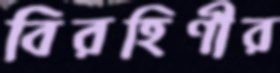
বিরহিণীর